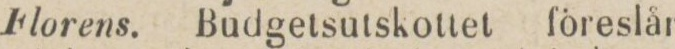
Florens. Budgetsutskottet föreslår